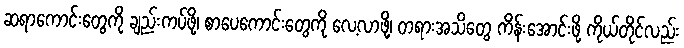
ဆရာကောင်းတွေကို ချည်းကပ်ဖို့၊ စာပေကောင်းတွေကို လေ့လာဖို့၊ တရားအသိတွေ ကိန်းအောင်းဖို့ ကိုယ်တိုင်လည်း